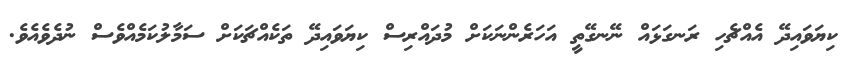
ކިޔަވައިދޭ އެއްޗެހި ރަނގަޅައް ނޭނގޭތީ އަހަރެންނަކަށް މުދައްރިސް ކިޔަވައިދޭ ތަކެއްޗަކަށް ސަމާލުކަމެއްވެސް ނުދެވެއެވެ.